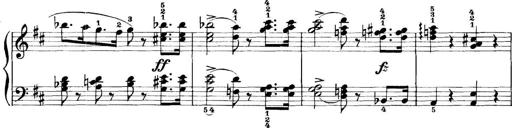
Title: 11 Sonatinas
Composer: Anton Diabelli